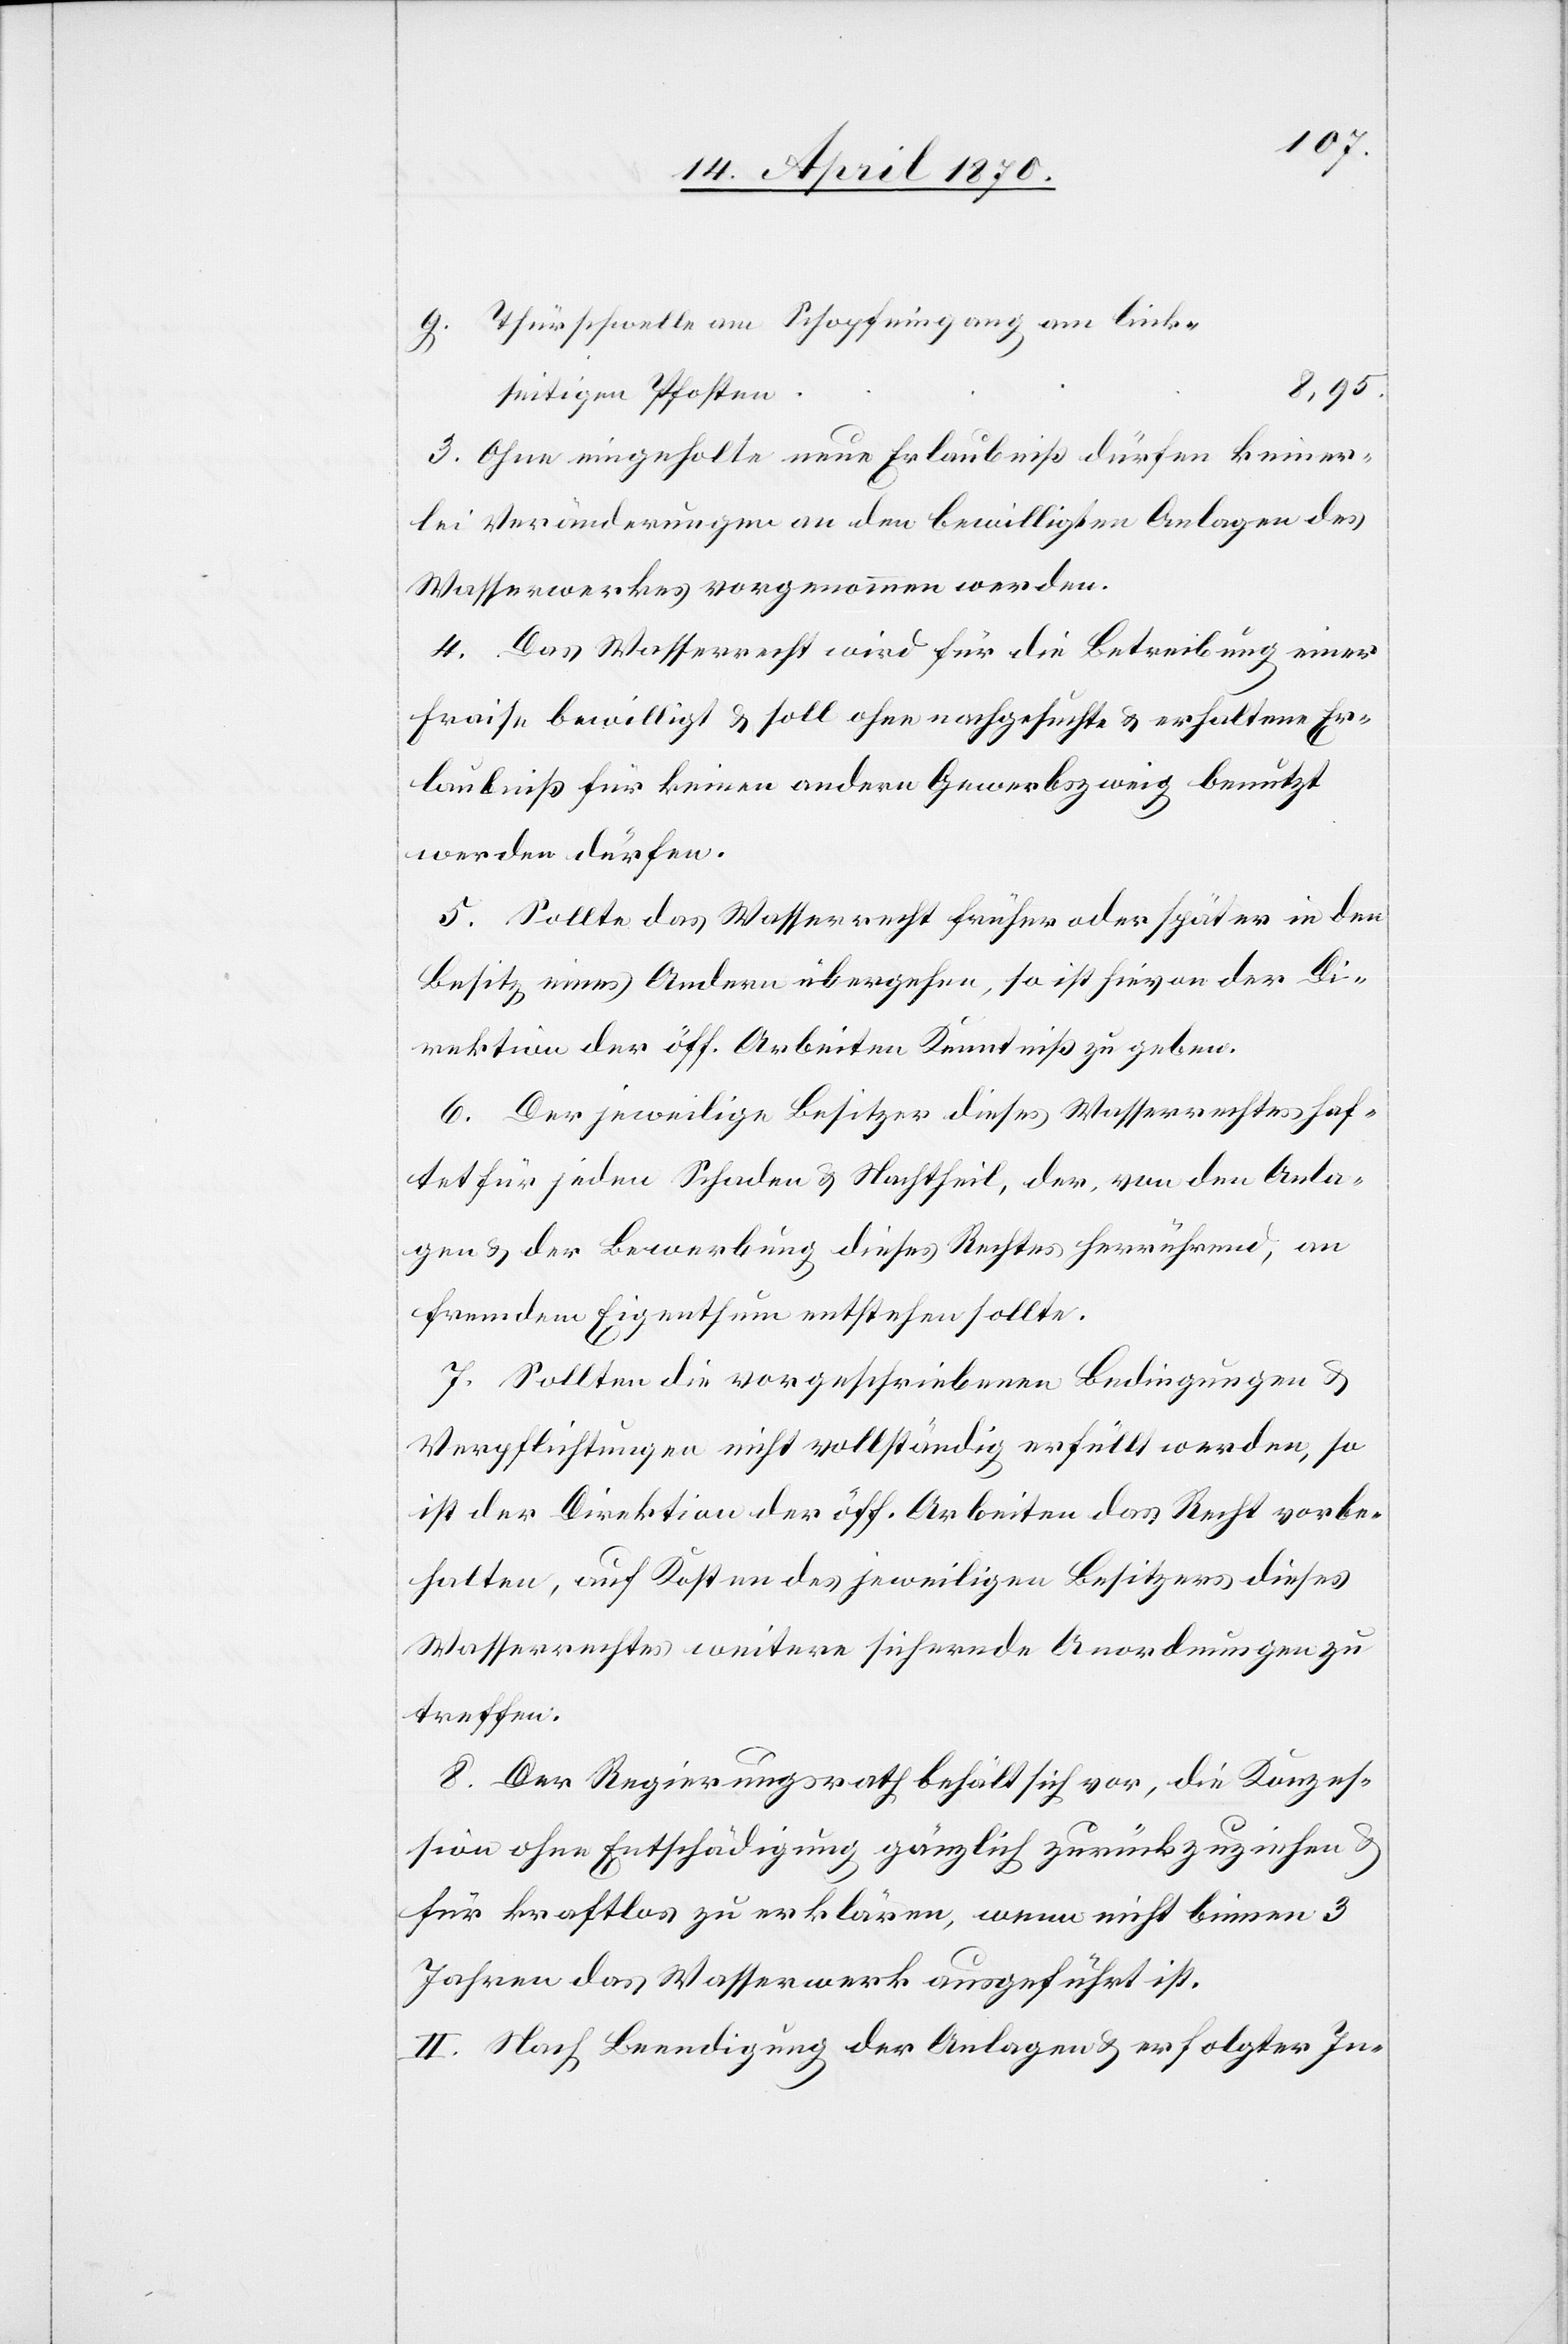
Thürschwelle am Schopfeingang am link¬
8,95.
seitigen Pfosten
3. Ohne eingeholte neue Erlaubniß dürfen keiner¬
lei Veränderungen an den bewilligten Anlagen des
Wasserwerkes vorgenommen werden.
4. Das Wasserrecht wird für die Betreibung einer
Fraise bewilligt & soll ohne nachgesuchte & erhaltene Er¬
laubniß für keinen andern Gewerbszweig benutzt
werden dürfen.
5. Sollte das Wasserrecht früher oder später in den
Besitz eines Andern übergehen, so ist hievon der Di¬
rektion der öff. Arbeiten Kenntniß zu geben.
6. Der jeweilige Besitzer dieses Wasserrechtes haf¬
tet für jeden Schaden & Nachtheil, der, von den Anla¬
gen & der Bewerbung dieses Rechtes herrührend, an
fremdem Eigenthum entstehen sollte.
g.
7. Sollten die vorgeschriebenen Bedingungen &
Verpflichtungen nicht vollständig erfüllt werden, so
ist der Direktion der öff. Arbeiten das Recht vorbe¬
halten, auf Kosten des jeweiligen Besitzers dieses
Wasserrechtes weitere sichernde Anordnungen zu
treffen.
8. Der Regierungsrath behält sich vor, die Konzes¬
sion ohne Entschädigung gänzlich zurückzuziehen
für kraftlos zu erklären, wenn nicht binnen 3
Jahren das Wasserwerk ausgeführt ist.
II. Nach Beendigung der Anlagen & erfolgter In-